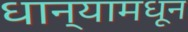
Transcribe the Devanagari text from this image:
धान्यामधून